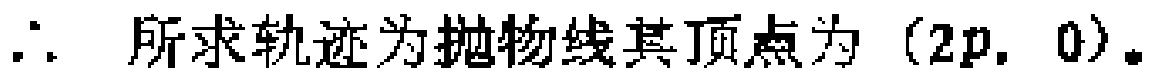
\(\therefore\) 所求轨迹为抛物线其顶点为 \((2p,0)\)。